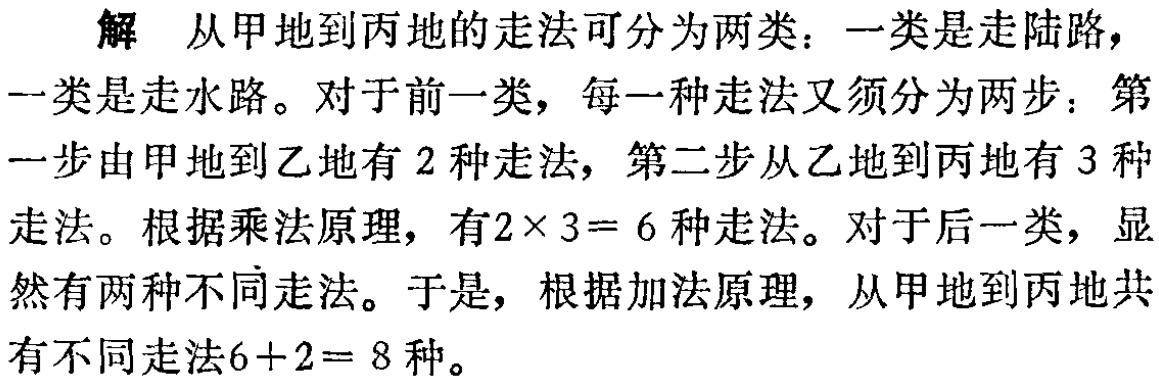
解 从甲地到丙地的走法可分为两类：一类是走陆路，一类是走水路。对于前一类，每一种走法又须分为两步：第一步由甲地到乙地有 \(2\) 种走法，第二步从乙地到丙地有 \(3\) 种走法。根据乘法原理，有\(2\times 3 = 6\)种走法。对于后一类，显然有两种不同走法。于是，根据加法原理，从甲地到丙地共有不同走法\(6 + 2 = 8\)种。